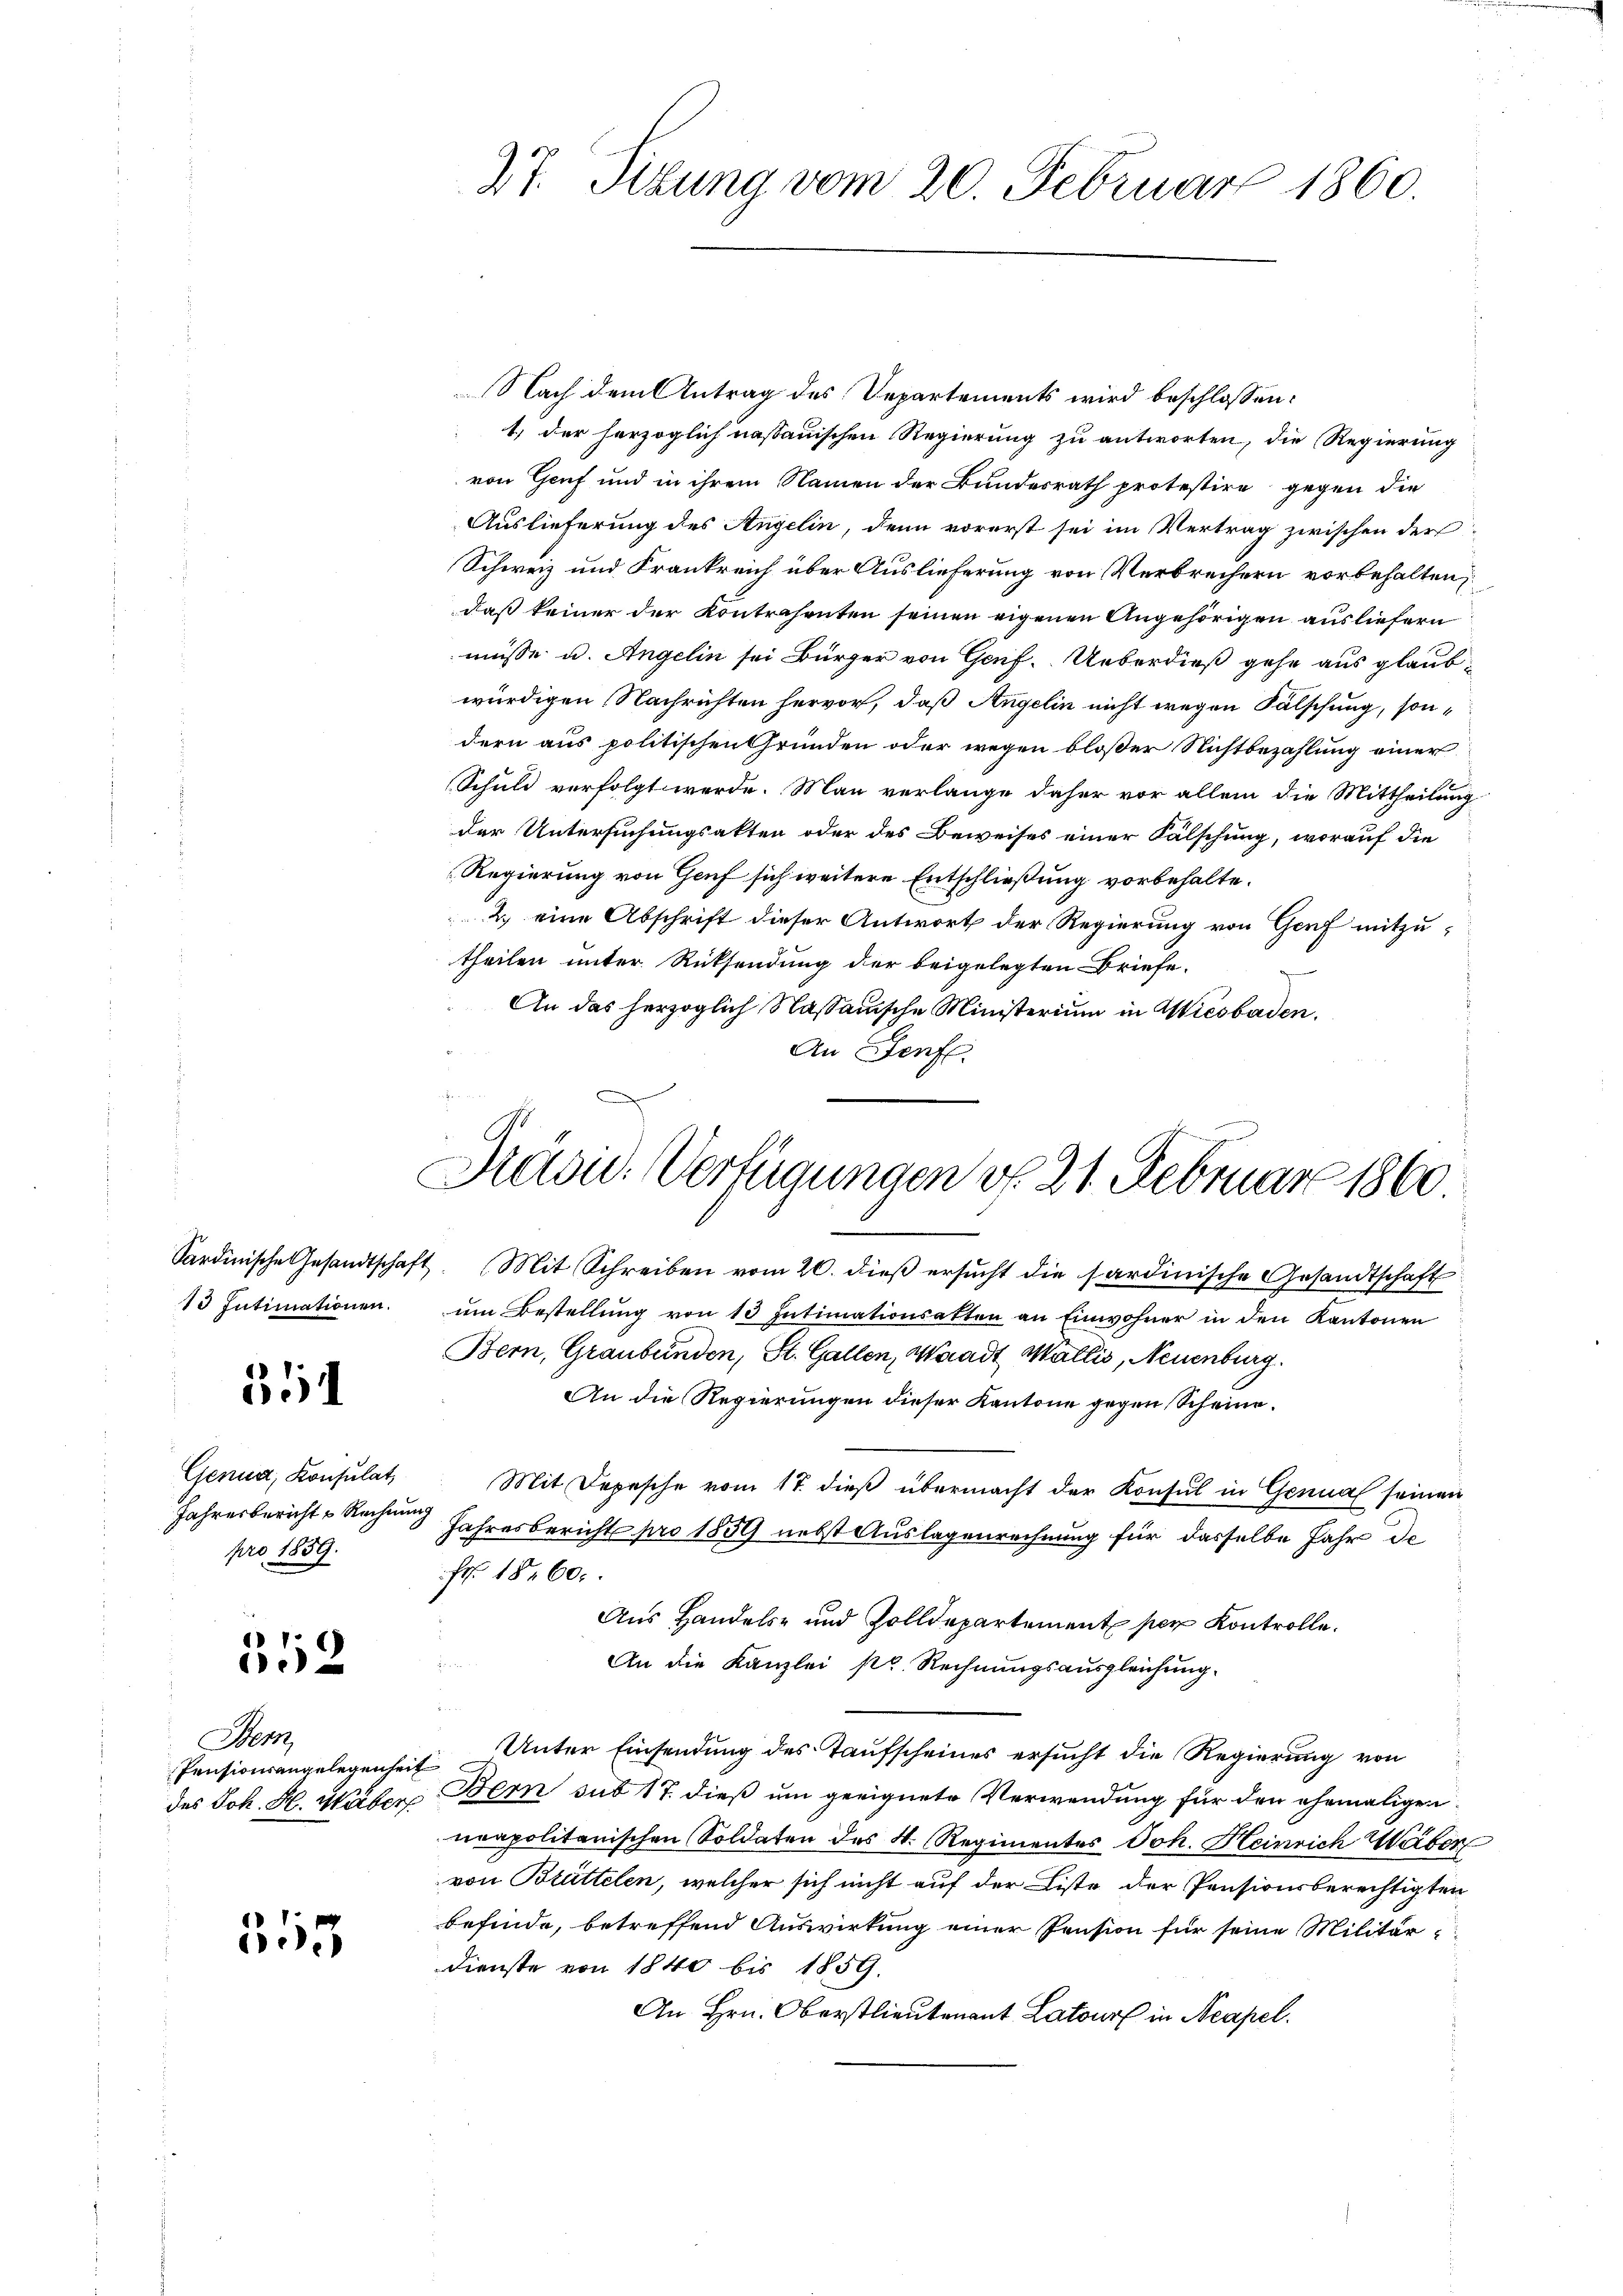
13 Intimationen.

354

Genua, Konsulat,
Jahresbericht u Rechnun
pro 1859.

552

Ne
Pensionsangelegenheit
des Joh. H. Haber

555

Nach dem Antrag des Departements wird beschlossen:
1) der herzoglich nassauischen Regierung zu antworten, die Regierung
von Genf und in ihrem Namen der Bundesrath protestire gegen die
Auslieferung des Angelin, denn vorerst sei im Vertrag zwischen der
Schweiz und Frankreich über Auslieferung von Verbrechern vorbehalten,
daß keiner der Kontrahenten seinen eigenen Angehörigen ausliefern
müsse u. Angelin sei Bürger von Genf. Ueberdieß gehe aus glaubwürdigen Nachrichten hervor, daß Angelin nicht wegen Fälschung, sondern aus politischen Gründen oder wegen bloßer Nichtbezahlung einer
Schuld verfolgt werde. Man verlange daher vor allem die Mittheilung
der Untersuchungsakten oder des Beweises einer Fälschung, worauf die
Regierung von Genf sich weitere Entschließung vorbehalte.
2. eine Abschrift dieser Antwort der Regierung von Genf mitzutheilen unter Rücksendung der beigelegten Briefe.
An das herzoglich Nassauische Ministerium in Wiesbaden.
An Genf.

27. Sibung vom 20. Februar 1860.

Präsid. Verfügungen v. 21. Februar 1860
i

Sardinische Gesandtschaft. (Mit Schreiben vom 20. dieβ ersŭcht die sardinische Gesandtschaft
um Bestellung von 13 Intimationsatten an Einwohner in den Kantonen
Bern, Graubünden, St. Gallen, Waadt Wallis, Neuenburg
An die Regierungen dieser Kantone gegen Scheine.
Mit Depesche vom 17. dieß übermacht der Konsul in Genua seinen
Jahresbericht pro 1859 nebst Auslagenrechnung für dasselbe Jahr de
Fr. 1860.
Aus Handels- und Zolldepartement per Kontrolle.

An die Kanzlei pr. Rechnungsausgleichung.
u
 Unter Einsendung des Taufscheines ersucht die Regierung von
Bern sub 17. dieß um geeignete Verwendung für den ehemaligen
neapolitanischen Soldaten des 4. Regimentes Joh. Heinrich Waber
von Brüttelen, welcher sich nicht auf der Liste der Pensionsberechtigten
befinde, betreffend Auswirkung einer Pension für seine Militär-
Dienste von 1840 bis 1859.
An Hrn. Oberstlieutenant Latours in Neapel.

n